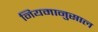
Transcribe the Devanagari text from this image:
नियमानुसाल